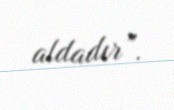
aldadır”.